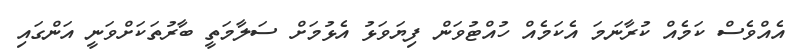
އެއްވެސް ކަމެއް ކުރާނަމަ އެކަމެއް ހުއްޓުވަން ފިޔަވަޅު އެޅުމަށް ސަލާމަތީ ބާރުތަކަށްވަނީ އަންގައި